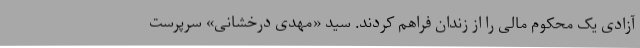
آزادی یک محکوم مالی را از زندان فراهم کردند. سید «مهدی درخشانی» سرپرست